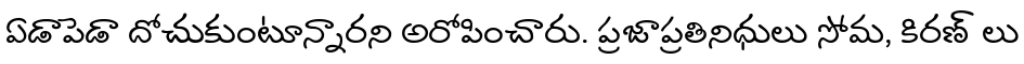
ఏడాపెడా దోచుకుంటూన్నారని అరోపించారు. ప్రజాప్రతినిధులు సోమ, కిరణ్ లు